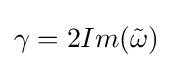
\gamma =2Im({\tilde {\omega }})